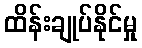
ထိန်းချုပ်နိုင်မှု